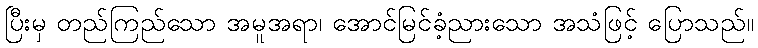
ပြီးမှ တည်ကြည်သော အမူအရာ၊ အောင်မြင်ခံ့ညားသော အသံဖြင့် ပြောသည်။